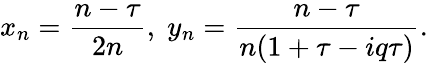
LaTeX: x_{n}=\frac{n-\tau}{2n},\; y_{n}=\frac{n-\tau}{n(1+\tau-iq\tau)}.